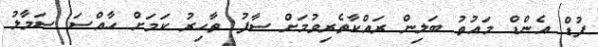
ފުޑް އެންޑް މައުތު ބަލިން ރައްކާތެރިވުމަށް ސާފު ތާހިރު ކަމަށް ހާއްސަ ސަމާލު